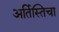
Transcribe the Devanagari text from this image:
अर्तिस्तिचा